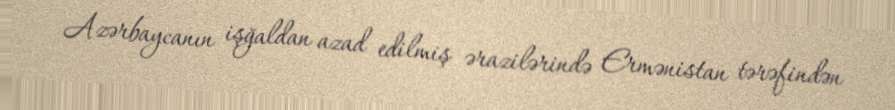
Azərbaycanın işğaldan azad edilmiş ərazilərində Ermənistan tərəfindən